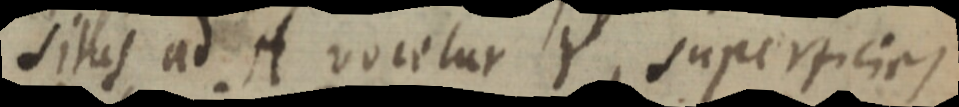
situs ad A vocetur Y, superficies